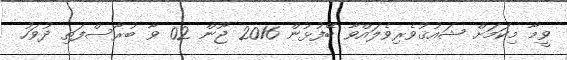
ވީމާ މިކަމަށް ޝައުޤުވެރިވެލައްވާ ބޭފުޅުން 2016 ޖޫން 02 ވާ ބުރާސްފަތި ދުވަހު